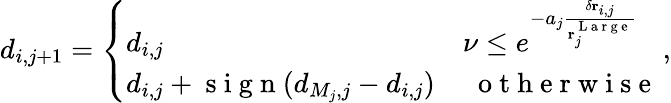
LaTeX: \begin{array}{r}{d_{i,j+1}=\left\{ \begin{array}{ll}{d_{i,j}}&{\nu\leq e^{-a_{j}\frac{\delta\mathbf{r}_{i,j}}{\mathbf{r}_{j}^{\mathrm{~L~a~r~g~e~}}}}}\\ {d_{i,j}+\mathrm{~s~i~g~n~}(d_{M_{j},j}-d_{i,j})}&{\; \mathrm{~o~t~h~e~r~w~i~s~e~}}\end{array}\right.\, ,}\end{array}